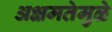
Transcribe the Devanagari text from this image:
अक्षमतेमुळे